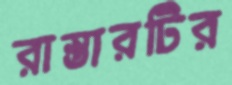
রাস্তারটির